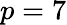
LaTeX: p=7